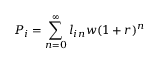
P _ { i } = \sum _ { n = 0 } ^ { \infty } l _ { i n } w { ( 1 + r ) ^ { n } }